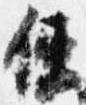
使